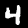
Label: 4